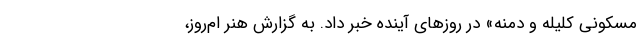
مسکونی کلیله و دمنه» در روزهای آینده خبر داد. به گزارش هنر ام‌روز،